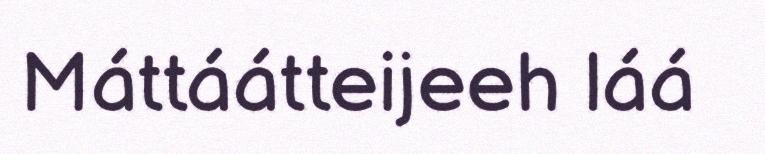
Máttáátteijeeh láá